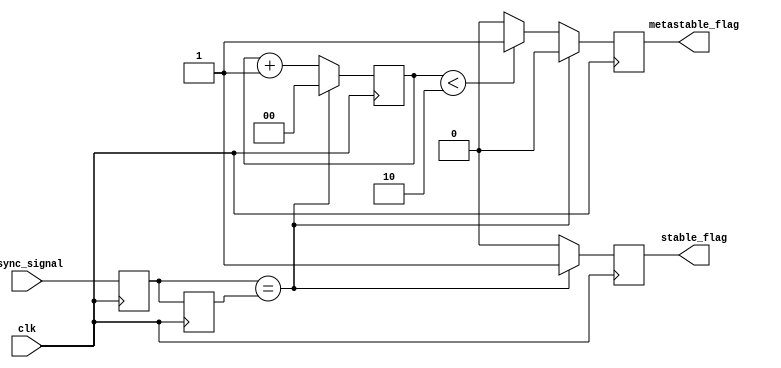
module metastability_detector (
    input wire clk,               // Clock signal
    input wire async_signal,      // Asynchronous input signal
    output reg metastable_flag,   // Metastability flag
    output reg stable_flag         // Stable flag
);

    // Internal signals
    reg latch1_out;               // Output of the first latch
    reg latch2_out;               // Output of the second latch

    // Parameters for timing (can be adjusted based on requirements)
    parameter METASTABLE_THRESHOLD = 2; // Number of clock cycles to determine metastability

    // Latch behavior on rising edge of clock
    always @(posedge clk) begin
        latch1_out <= async_signal; // Sample async signal
    end

    always @(posedge clk) begin
        latch2_out <= latch1_out;    // Sample output of first latch
    end

    // Metastability detection logic
    reg [1:0] metastable_counter; // Counter to track metastability duration

    always @(posedge clk) begin
        // Reset the counter
        if (latch1_out == latch2_out) begin
            metastable_counter <= 0; // Reset if stable
            metastable_flag <= 0;    // Clear metastability flag
            stable_flag <= 1;         // Set stable flag
        end else begin
            metastable_counter <= metastable_counter + 1; // Increment counter
            stable_flag <= 0; // Clear stable flag
            
            // Check for metastability condition
            if (metastable_counter < METASTABLE_THRESHOLD) begin
                metastable_flag <= 1; // Assert metastability flag
            end else begin
                metastable_flag <= 0; // Clear metastability flag after threshold
            end
        end
    end

endmodule